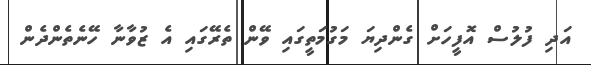
އަދި ފުލުސް އޮފީހަށް ގެންދިޔަ މަގުމަތީގައި ވޭން ތެރޭގައި އެ ޒުވާނާ ހޭނެތެންދެން